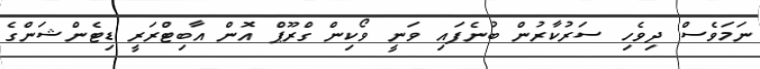
ނަމަވެސް ދިވެހި ސަރުކާރުން ބުނެފައި ވަނީ ވޯކިން ގްރޫޕް އޮން އާބިޓްރަރީ ޑިޓެންޝަންގެ